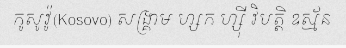
កូសូវ៉ូ(Kosovo) សង្គ្រាម ហ្សក ហ្ស៊ី វិបត្តិ ឧស្ម័ន